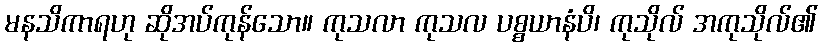
မနသိကာရဟု ဆိုအပ်ကုန်သော။ ကုသလာ ကုသလ ပစ္စယာနံပိ၊ ကုသိုလ် အကုသိုလ်၏